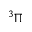
^ 3 \Pi